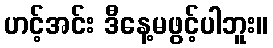
ဟင့်အင်း ဒီနေ့မဖွင့်ပါဘူး။